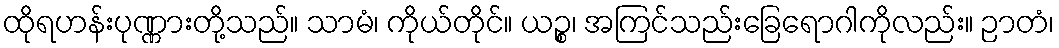
ထိုရဟန်းပုဏ္ဏားတို့သည်။ သာမံ၊ ကိုယ်တိုင်။ ယဉ္စ၊ အကြင်သည်းခြေရောဂါကိုလည်း။ ဉာတံ၊